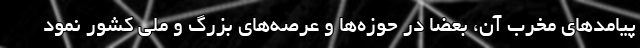
پیامد‌های مخرب آن، بعضا در حوزه‌ها و عرصه‌های بزرگ و ملی کشور نمود